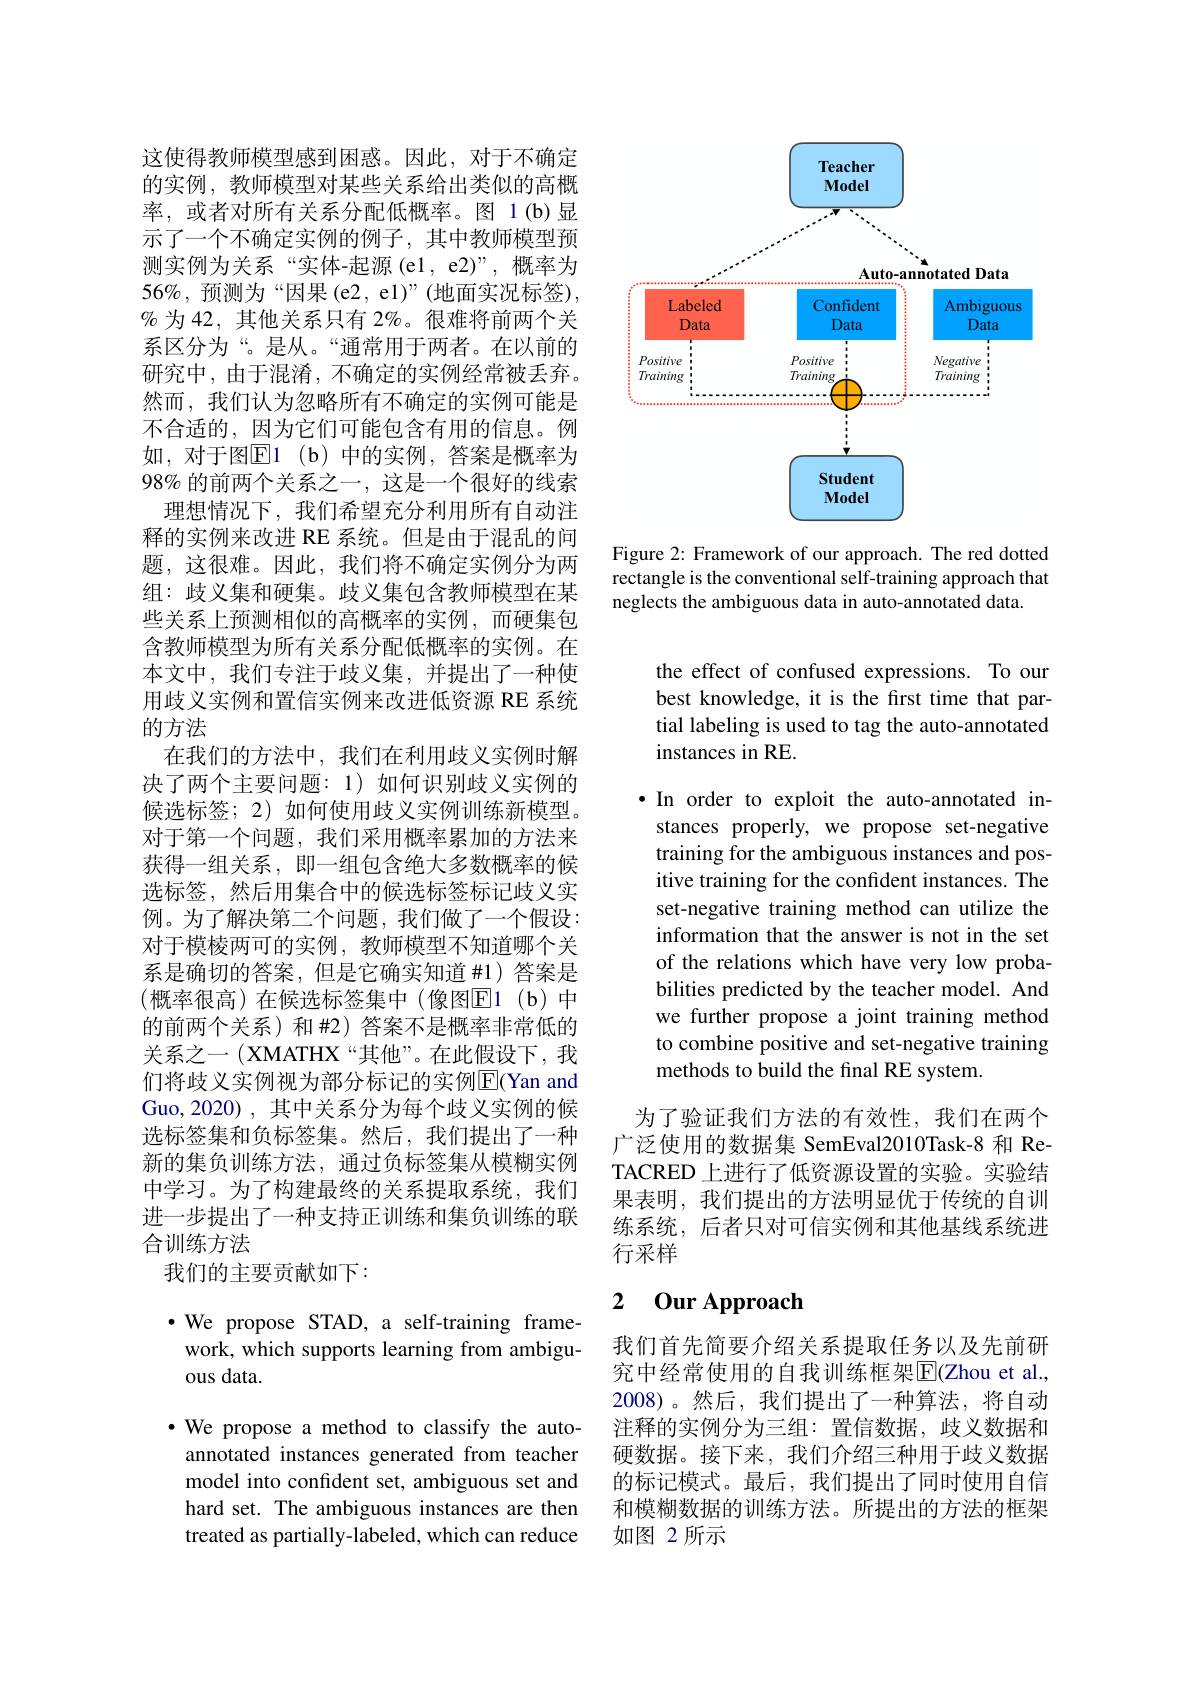
这使得教师模型感到困惑。因此，对于不确定的实例，教师模型对某些关系给出类似的高概率，或者对所有关系分配低概率。图 1(b)显示了一个不确定实例的例子，其中教师模型预测实例为关系“实体-起源(e1,e2)”,概率为$56\%$,预测为“因果(e2, e1)”(地面实况标签), $\%$为 42, 其他关系只有 2%。很难将前两个关系区分为“。是从。“通常用于两者。在以前的研究中，由于混淆，不确定的实例经常被丢弃。然而，我们认为忽略所有不确定的实例可能是不合适的，因为它们可能包含有用的信息。例如，对于图$\overline {\mathrm{E} }1$ (b)中的实例，答案是概率为$98\%$的前两个关系之一，这是一个很好的线索
理想情况下，我们希望充分利用所有自动注释的实例来改进 RE 系统。但是由于混乱的问题，这很难。因此，我们将不确定实例分为两组：歧义集和硬集。歧义集包含教师模型在某些关系上预测相似的高概率的实例，而硬集包含教师模型为所有关系分配低概率的实例。在本文中，我们专注于歧义集，并提出了一种使用歧义实例和置信实例来改进低资源 RE 系统的方法
在我们的方法中，我们在利用歧义实例时解决了两个主要问题：1)如何识别歧义实例的候选标签；2) 如何使用歧义实例训练新模型。对于第一个问题，我们采用概率累加的方法来获得一组关系，即一组包含绝大多数概率的候选标签，然后用集合中的候选标签标记歧义实例。为了解决第二个问题，我们做了一个假设： 对于模棱两可的实例，教师模型不知道哪个关系是确切的答案，但是它确实知道 #1) 答案是(概率很高)在候选标签集中(像图E1(b)中的前两个关系)和$\#2$)答案不是概率非常低的关系之一 (XMATHX“其他”。在此假设下，我们将歧义实例视为部分标记的实例$\overline{\mathrm{E}}($Yan and Guo,2020) , 其中关系分为每个歧义实例的候选标签集和负标签集。然后，我们提出了一种新的集负训练方法，通过负标签集从模糊实例中学习。为了构建最终的关系提取系统，我们进一步提出了一种支持正训练和集负训练的联合训练方法
我们的主要贡献如下：
$\cdot$ We propose STAD, a self-training frame-

work, which supports learning from ambigu-
ous data.
$\cdot$ We propose a method to classify the autoannotated instances generated from teacher model into confident set, ambiguous set and hard set. The ambiguous instances are then treated as partially-labeled, which can reduce

<FigureHere>

Figure 2: Framework of our approach. The red dotted rectangle is the conventional self-training approach that neglects the ambiguous data in auto-annotated data.

the effect of confused expressions. To our best knowledge, it is the first time that partial labeling is used to tag the auto-annotated instances in RE.

$\bullet$ In order to exploit the auto-annotated instances properly, we propose set-negative training for the ambiguous instances and positive training for the confident instances. The set-negative training method can utilize the information that the answer is not in the set of the relations which have very low probabilities predicted by the teacher model. And we further propose a joint training method to combine positive and set-negative training methods to build the final RE system.

为了验证我们方法的有效性，我们在两个广泛使用的数据集 SemEval2010Task-8 和 ReTACRED 上进行了低资源设置的实验。实验结果表明，我们提出的方法明显优于传统的自训练系统，后者只对可信实例和其他基线系统进行采样

## 2 0ur Approach

我们首先简要介绍关系提取任务以及先前研究中经常使用的自我训练框架E$( Zhou et al. $, 2008)。然后，我们提出了一种算法，将自动注释的实例分为三组：置信数据，歧义数据和硬数据。接下来，我们介绍三种用于歧义数据的标记模式。最后，我们提出了同时使用自信和模糊数据的训练方法。所提出的方法的框架如图 2 所示